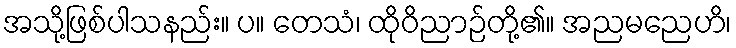
အသို့ဖြစ်ပါသနည်း။ ပ။ တေသံ၊ ထိုဝိညာဉ်တို့၏။ အညမညေဟိ၊